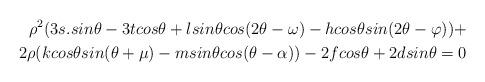
LaTeX: \begin{align*}\rho^2(3s.sin\theta -3tcos\theta+lsin\theta cos(2\theta-\omega)-hcos\theta sin(2\theta-\varphi))+ \\2\rho(kcos\theta sin(\theta+\mu)-msin\theta cos(\theta-\alpha))-2fcos\theta +2dsin\theta=0 \end{align*}